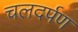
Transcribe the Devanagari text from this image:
चलदर्पण